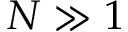
N \gg 1